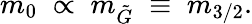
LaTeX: m_{0}\; \propto\; m_{\tilde{G}}\; \equiv\; m_{3/2}.